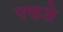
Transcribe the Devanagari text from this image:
पकङे